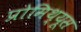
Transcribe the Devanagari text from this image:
प्रोमिथ्यूस